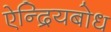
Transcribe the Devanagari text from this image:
ऐन्द्रियबोध